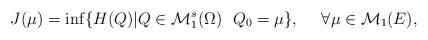
LaTeX: \begin{align*}J(\mu)=\inf\{H(Q)| Q\in \mathcal M_1^s(\Omega) \ \ Q_0=\mu\}, \ \ \ \ \forall \mu\in \mathcal M_1(E),\end{align*}